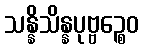
သန္နိသိန္နပုဗ္ဗဉ္စေဝ